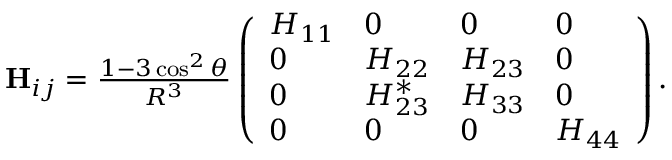
\begin{array} { r } { \mathbf { H } _ { i j } = \frac { 1 - 3 \cos ^ { 2 } \theta } { R ^ { 3 } } \left( \begin{array} { l l l l } { H _ { 1 1 } } & { 0 } & { 0 } & { 0 } \\ { 0 } & { H _ { 2 2 } } & { H _ { 2 3 } } & { 0 } \\ { 0 } & { H _ { 2 3 } ^ { * } } & { H _ { 3 3 } } & { 0 } \\ { 0 } & { 0 } & { 0 } & { H _ { 4 4 } } \end{array} \right) . } \end{array}